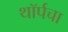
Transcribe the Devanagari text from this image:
थॉर्पचा